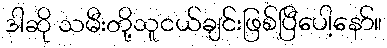
ဒါဆို သမီးတို့သူငယ်ချင်းဖြစ်ပြီပေါ့နော်။